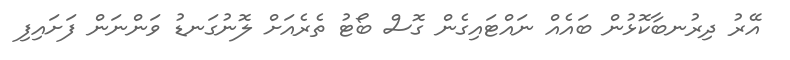
އޭރު ދިރުނބާކޮޅުން ބައެއް ނައްޓައިގެން ގޮސް ބޯޓު ތެރެއަށް ލޮނުގަނޑު ވަންނަން ފަށައިފި